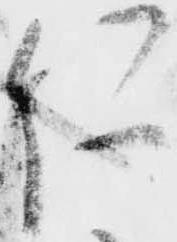
仁